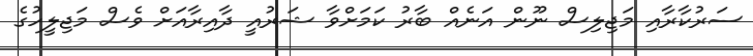
ސަރުކާރާއި މަޖިލިސް ނޫން އަނެއް ބާރު ކަމަށްވާ ޝަރުއީ ދާއިރާއަށް ވެސް މަޖިލީހުގެ